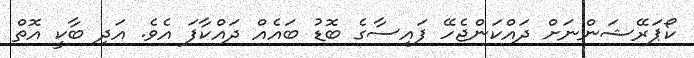
ކޯޕަރޭޝަންނަށް ދައްކަންޖެހޭ ފައިސާގެ ބޮޑު ބައެއް ދައްކާފަ އެވެ. އަދި ބާކީ އޮތް